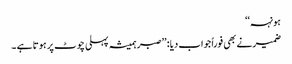
ہونہہ‘‘
ضمیرنے بھی فوراً جواب دیا : ’’صبر ہمیشہ پہلی چوٹ پر ہوتا ہے ۔